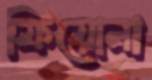
ফিয়োনা